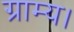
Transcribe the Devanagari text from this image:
ग्राम्य।